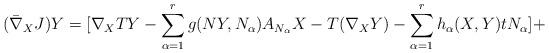
LaTeX: \begin{align*}(\bar{\nabla}_XJ)Y=[\nabla_XTY-\sum_{\alpha=1}^rg(NY,N_{\alpha})A_{N_{\alpha}}X-T(\nabla_XY)-\sum_{\alpha=1}^rh_{\alpha}(X,Y)tN_{\alpha}]+\end{align*}